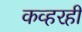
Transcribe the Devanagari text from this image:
कव्हरही